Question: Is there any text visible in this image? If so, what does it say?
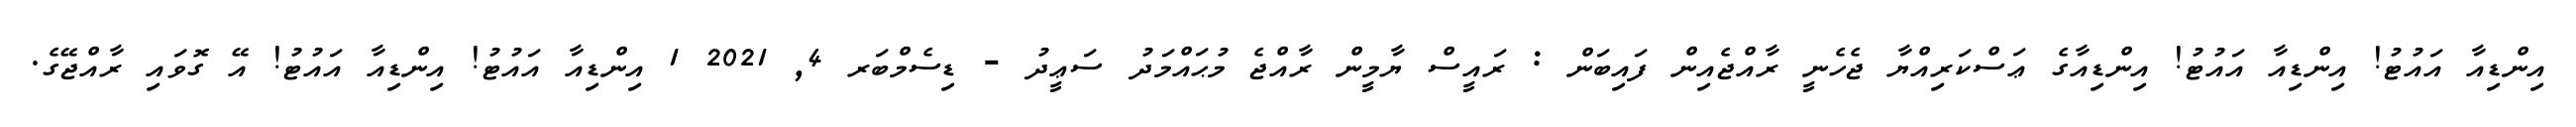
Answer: އިންޑިއާ އައުޓު! އިންޑިއާ އައުޓު! އިންޑިއާގެ ޢަސްކަރިއްޔާ ޖެހެނީ ރާއްޖެއިން ފައިބަން : ރައީސް ޔާމީން ރާއްޖެ މުޙައްމަދު ސަޢީދު - ޑިސެމްބަރ 4, 2021 1 އިންޑިއާ އައުޓު! އިންޑިއާ އައުޓު! އޭ ގޮވައި ރާއްޖޭގެ.